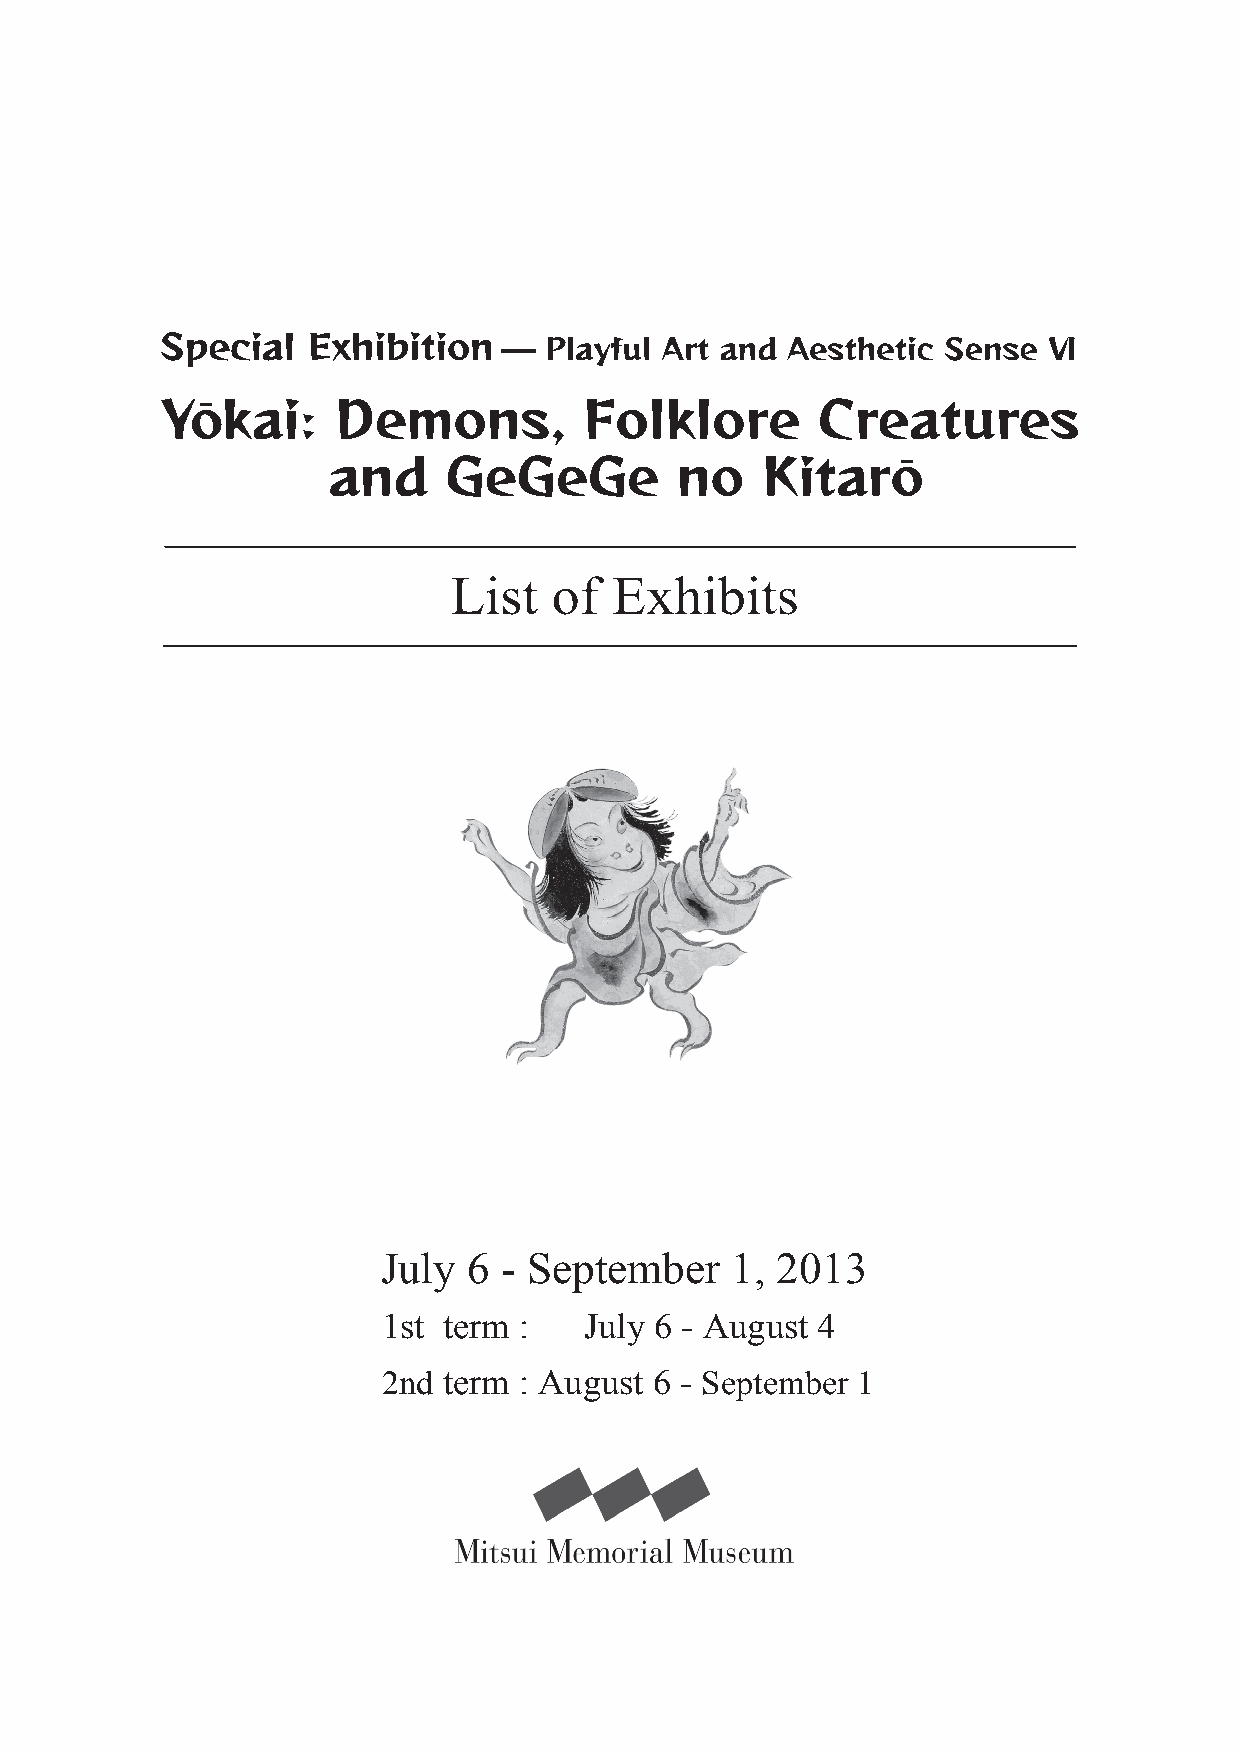
List   of  Exhibits
 July  6 - September    1, 2013
 1st term :    July 6 - August 4
 2nd term : August 6 - September 1